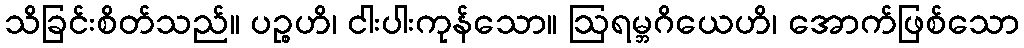
သိခြင်းစိတ်သည်။ ပဉ္စဟိ၊ ငါးပါးကုန်သော။ ဩရမ္ဘဂိယေဟိ၊ အောက်ဖြစ်သော